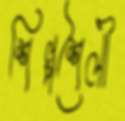
শিল্পশৈলী